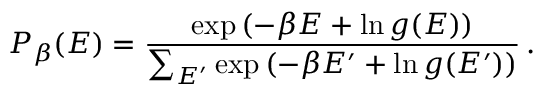
P _ { \beta } ( E ) = \frac { \exp \left( - \beta E + \ln g ( E ) \right) } { \sum _ { E ^ { \prime } } \exp \left( - \beta E ^ { \prime } + \ln g ( E ^ { \prime } ) \right) } \, .